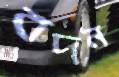
বদন